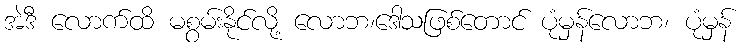
အဲဒီ လောက်ထိ မစွမ်းနိုင်လို့ လောဘ၊ဒေါသဖြစ်တောင် ပုံမှန်လောဘ၊ ပုံမှန်